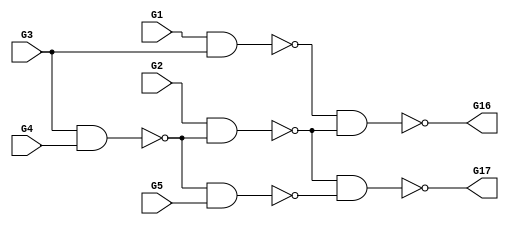
module c17(G1,G16,G17,G2,G3,G4,G5);
input G1,G2,G3,G4,G5;
output G16,G17;

  wire G8,G9,G12,G15;

  nand (G8,G1,G3);
  nand (G9,G3,G4);
  nand (G12,G2,G9);
  nand (G15,G9,G5);
  nand (G16,G8,G12);
  nand (G17,G12,G15);

endmodule